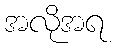
အလိုအရ